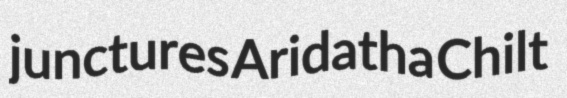
junctures Aridatha Chilt